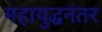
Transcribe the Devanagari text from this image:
महायुद्धनंतर